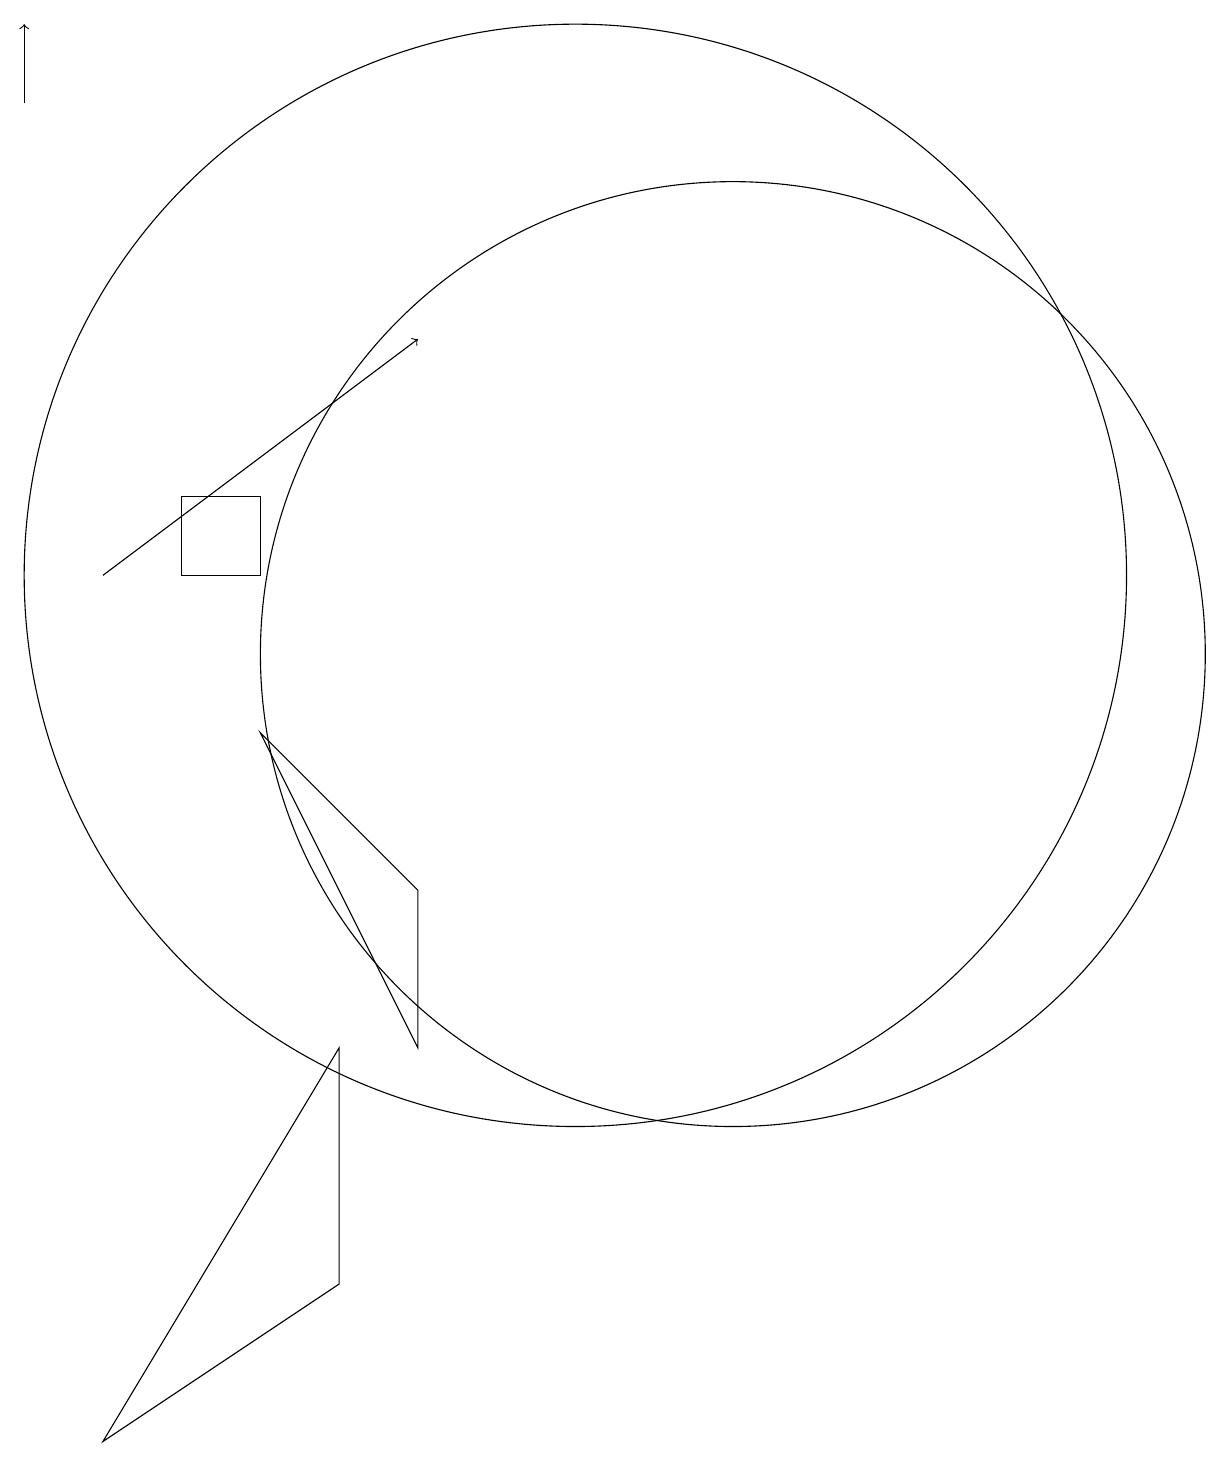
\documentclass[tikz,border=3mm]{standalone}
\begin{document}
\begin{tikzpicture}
\draw (12,10) circle (6);
\draw (10,11) circle (7);
\draw[->] (4,11) -- (8,14);
\draw (5,11) rectangle (6,12);
\draw[->] (3,17) -- (3,18);
\draw (6,9) -- (8,7) -- (8,5) -- cycle;
\draw (7,5) -- (7,2) -- (4,0) -- cycle;
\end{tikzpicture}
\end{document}